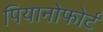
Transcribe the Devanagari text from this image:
पियानोफोर्ट